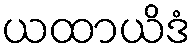
ယထာယိဒံ